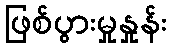
ဖြစ်ပွားမှုနှုန်း